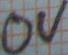
Text: 0V